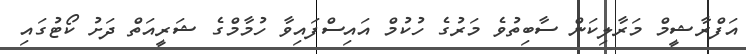
އަފްރާޝީމް މަރާލިކަން ސާބިތުވެ މަރުގެ ހުކުމް އައިސްފައިވާ ހުމާމްގެ ޝަރީއަތް ދަށު ކޯޓުގައި